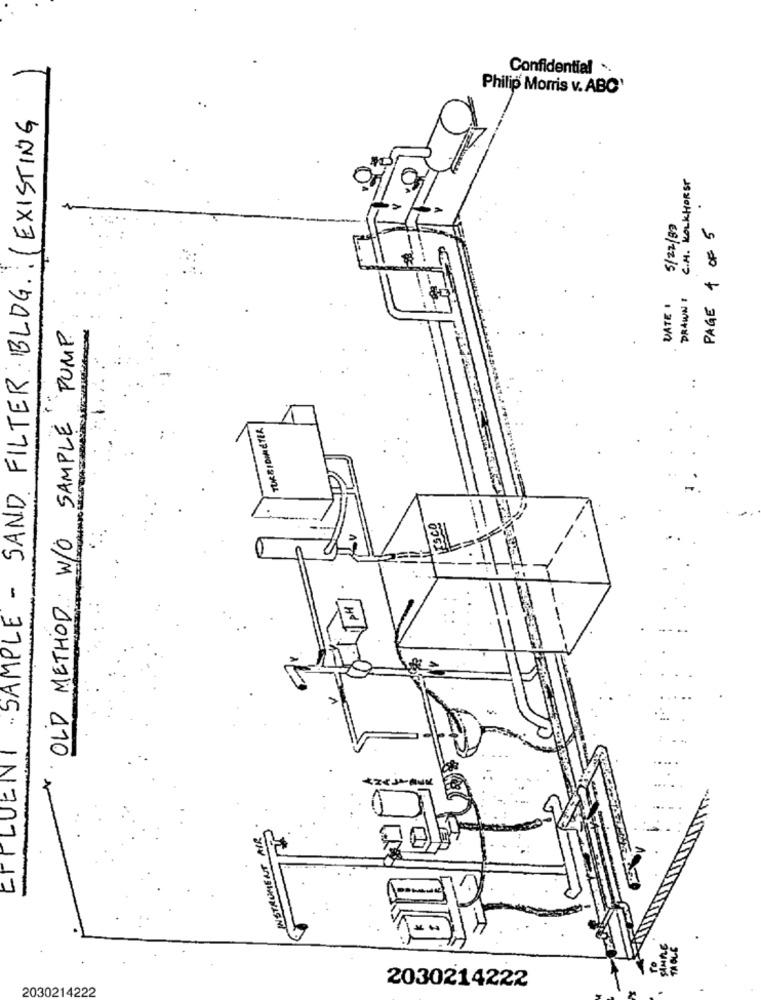
Confidential ..
Philip Morris v. ABC'
SAND FILTER BLOG .: (EXISTING
C.H. KOLKHORST
PAGE 4 OF 5
5/22/89
VATE
DRAWN 1
PUMP
OLD METHOD W/O SAMPLE
TURBIDIMETER
INSTRUMENT AIR
SAMAL
2030214222
2030214222